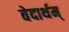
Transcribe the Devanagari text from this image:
वेदार्थम्